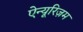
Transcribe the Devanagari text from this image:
ऐन्यूरिज़म